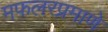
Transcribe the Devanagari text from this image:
मफलरप्रमाणे